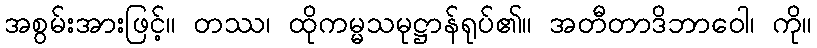
အစွမ်းအားဖြင့်။ တဿ၊ ထိုကမ္မသမုဋ္ဌာန်ရုပ်၏။ အတီတာဒိဘာဝေါ၊ ကို။